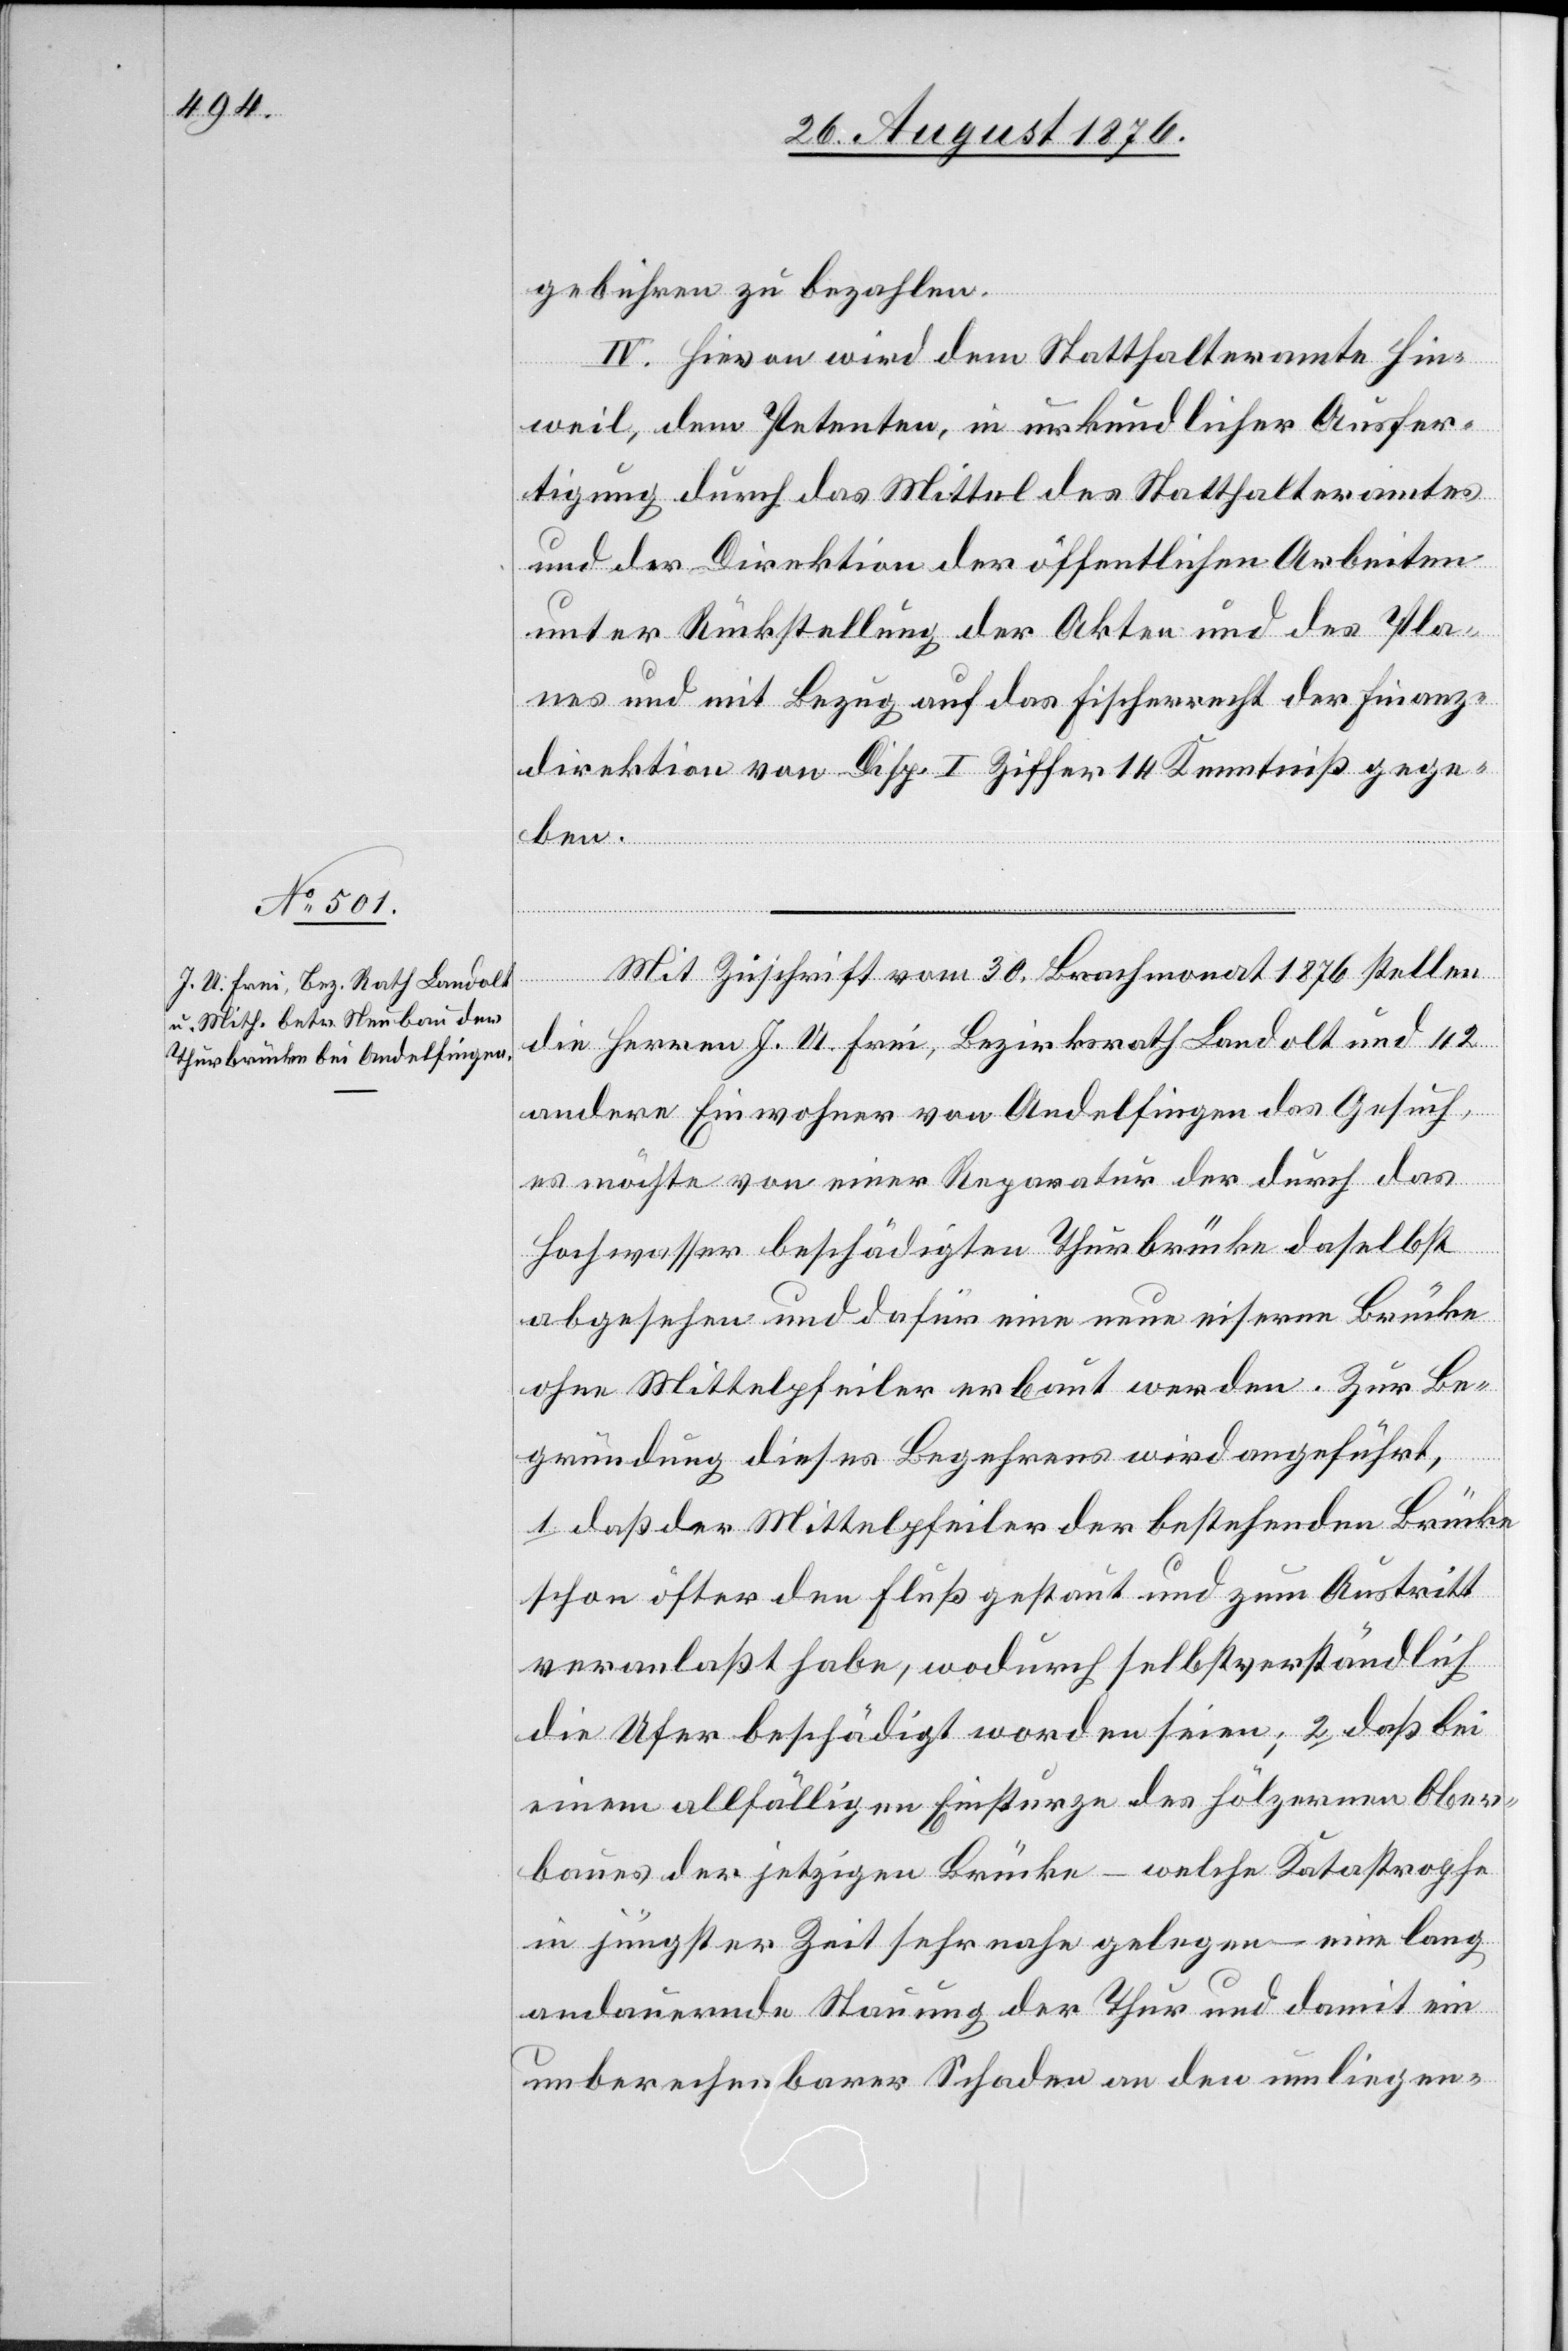
gebühren zu bezahlen.
IV. Hievon wird dem Statthalteramte Hin¬
weil, dem Petenten, in urkundlicher Ausfer¬
tigung durch das Mittel des Statthalteramtes
und der Direktion der öffentlichen Arbeiten
unter Rückstellung der Akten und des Pla¬
nes und mit Bezug auf das Fischerrecht der Finanz¬
direktion von Disp. I Ziffer 14 Kenntniß gege¬
ben.
Mit Zuschrift vom 20. Brachmonat 1876 stellen
die Herren J. U. Frei, Bezirksrath Landolt und 42
andere Einwohner von Andelfingen das Gesuch,
es möchte von einer Reparatur der durch das
Hochwasser beschädigten Thurbrücke daselbst
abgesehen und dafür eine neue eiserne Brücke
ohne Mittelpfeiler erbaut werden. Zur Be¬
gründung dieses Begehrens wird angeführt,
1. daß der Mittelpfeiler der bestehenden Brücke
schon öfter den Fluß gestaut und zum Austritt
veranlaßt habe, wodurch selbstverständlich
die Ufer beschädigt worden seien; 2. daß bei
einem allfälligen Einstürzen des hölzernen Ober¬
baues der jetzigen Brücke – welche Katastrophe
in jüngster Zeit sehr nahe gelegen – eine lang
andauernde Stauung der Thur und damit ein
unberechenbarer Schaden an den umliegen-